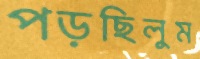
পড়ছিলুম